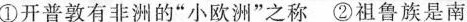
①开普敦有非洲的”小欧洲”之称②祖鲁族是南